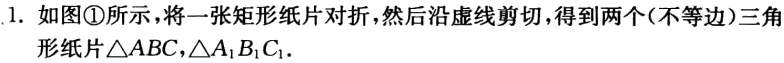
1. 如图\textcircled{1}所示，将一张矩形纸片对折，然后沿虚线剪切，得到两个(不等边)三角形纸片\(\triangle ABC,\triangle A_{1}B_{1}C_{1}\)．